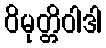
ဝိမုတ္တိဝါဒါ